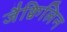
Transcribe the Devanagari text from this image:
जैक्विलिन